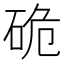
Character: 硊